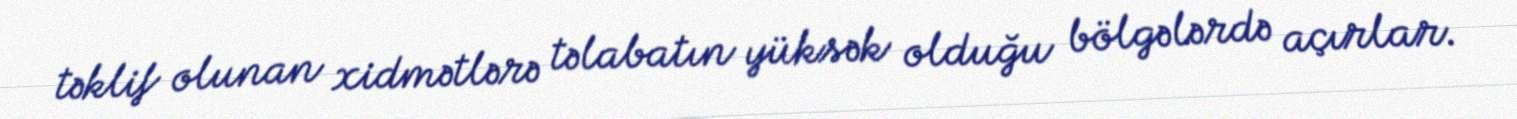
təklif olunan xidmətlərə təlabatın yüksək olduğu bölgələrdə açırlar.